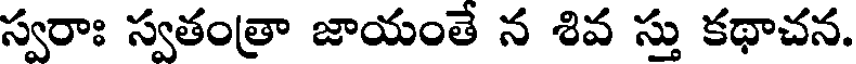
స్వరాః స్వతంత్రా జాయంతే న శివ స్తు కథాచన.